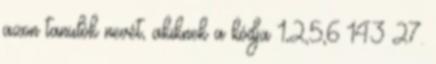
azon tanulók nevét, akiknek a kódja 1,2,5,6 143 27.